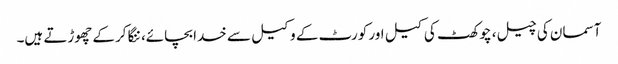
آسمان کی چیل، چوکھٹ کی کیل اور کورٹ کے وکیل سے خدا بچائے، ننگا کرکے چھوڑتے ہیں۔